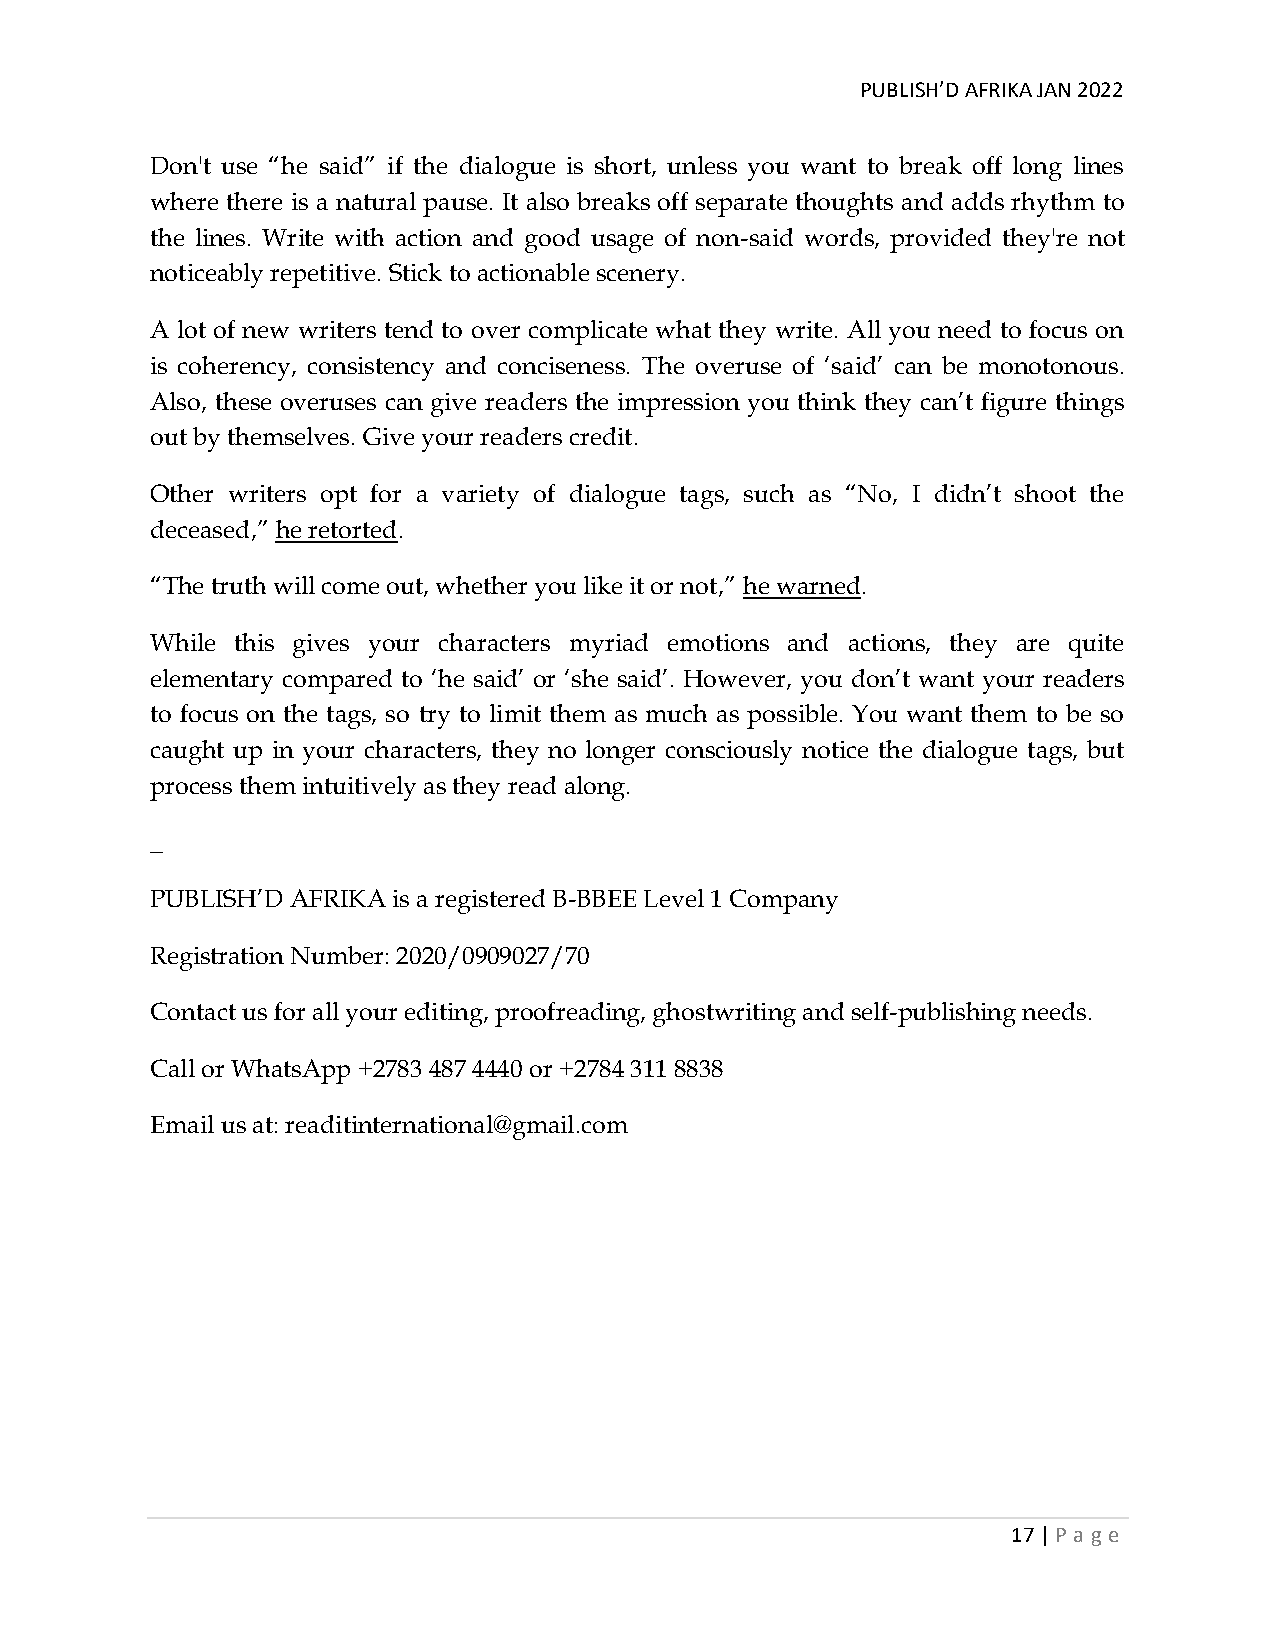
PUBLISH’D AFRIKA JAN 2022
 Don't use “he said” if the dialogue is short, unless you want to break off long lines
 where there is a natural pause. It also breaks off separate thoughts and adds rhythm to
 the lines. Write with action and good usage of non-said words, provided they're not
 noticeably repetitive. Stick to actionable scenery.
 A lot of new writers tend to over complicate what they write. All you need to focus on
 is coherency, consistency and conciseness. The overuse of ‘said’ can be monotonous.
 Also, these overuses can give readers the impression you think they can’t figure things
 out by themselves. Give your readers credit.
 Other writers opt for a variety of dialogue tags, such as “No, I didn’t shoot the
 deceased,” he retorted.
 “The truth will come out, whether you like it or not,” he warned.
 While this gives your characters myriad emotions and actions, they are quite
 elementary compared to ‘he said’ or ‘she said’. However, you don’t want your readers
 to focus on the tags, so try to limit them as much as possible. You want them to be so
 caught up in your characters, they no longer consciously notice the dialogue tags, but
 process them intuitively as they read along.
 _
 PUBLISH’D AFRIKA is a registered B-BBEE Level 1 Company
 Registration Number: 2020/0909027/70
 Contact us for all your editing, proofreading, ghostwriting and self-publishing needs.
 Call or WhatsApp +2783 487 4440 or +2784 311 8838
 Email us at: readitinternational@gmail.com
 17 | P age